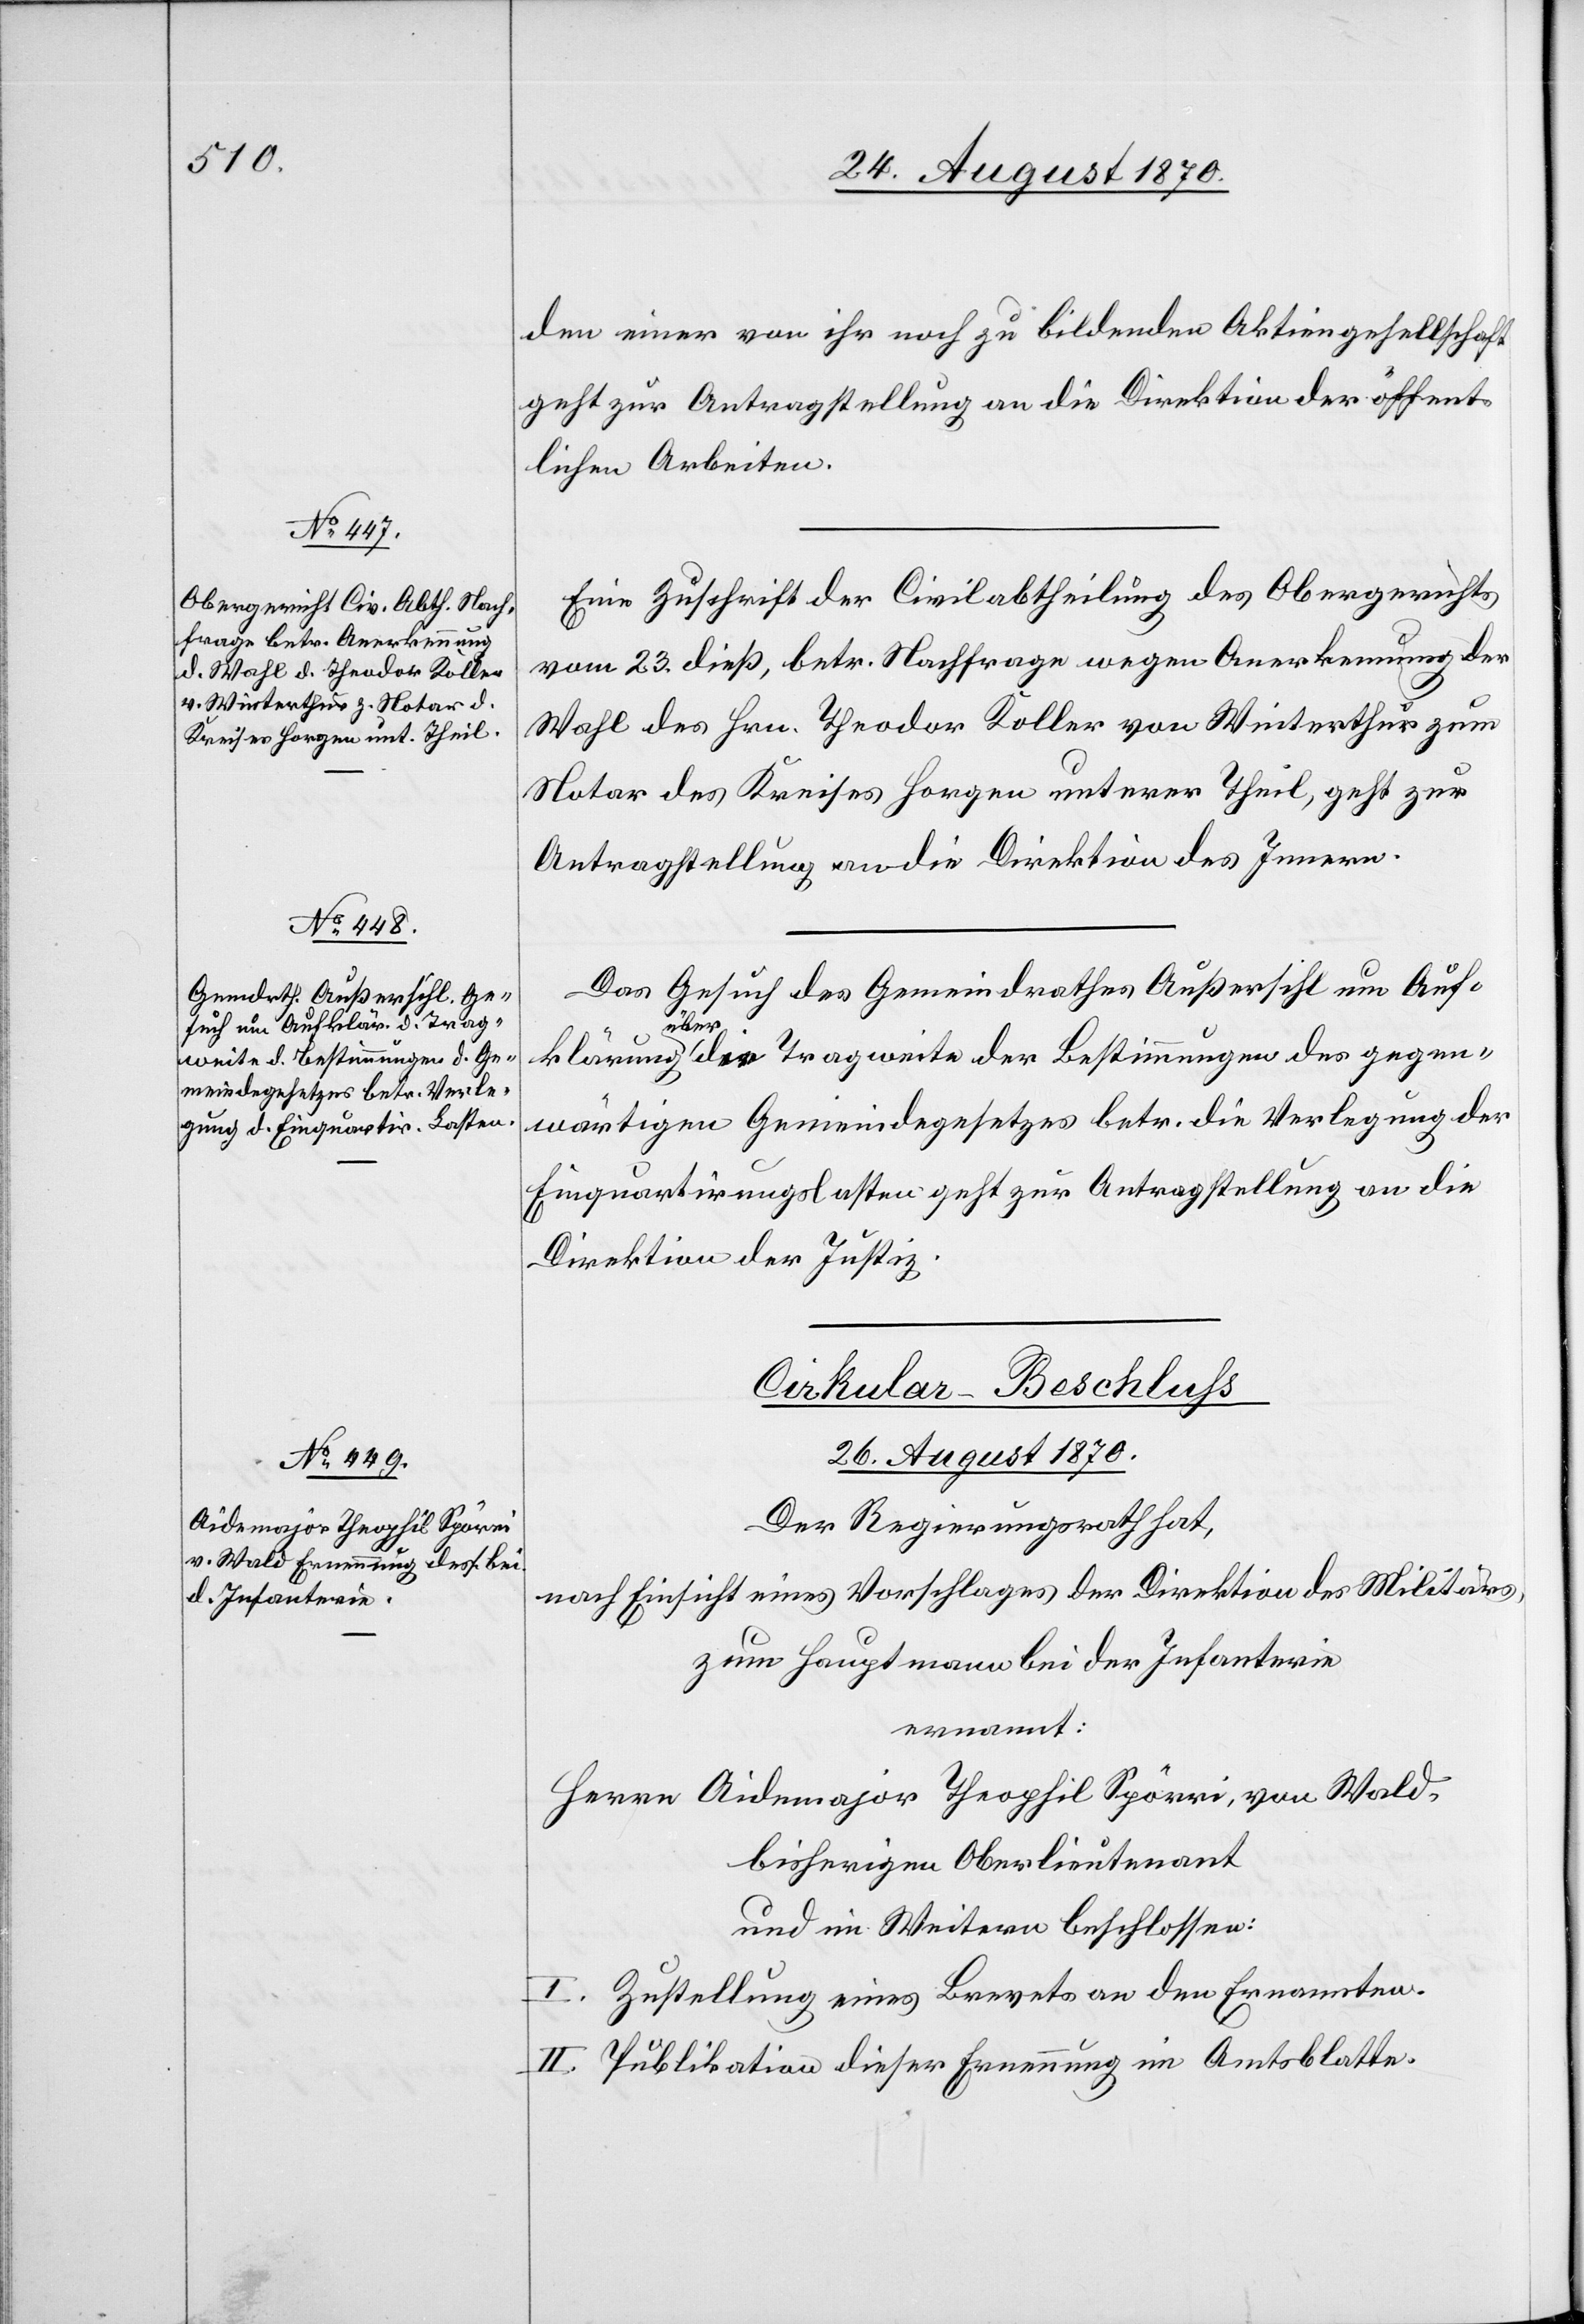
25. August 1870.]
den einer von ihr noch zu bildenden Aktiengesellschaft
geht zur Antragstellung an die Direktion der öffent¬
lichen Arbeiten.
Eine Zuschrift der Civilabtheilung des Obergerichtes
vom 23. dieß, betr. Nachfrage wegen Anerkennung der
Wahl des Hrn. Theodor Koller von Winterthur zum
Notar des Kreises Horgen unterer Theil, geht zur
Antragstellung an die Direktion des Innern.
Das Gesuch des Gemeindrathes Außersihl um Auf¬
klärung über die Tragweite der Bestimmungen des gegen¬
wärtigen Gemeindegesetzes betr. die Verlegung der
Einquartirungslasten geht zur Antragstellung an die
Direktion der Justiz.
Cirkular-Beschluss
26. August 1870.
Der Regierungsrath hat,
nach Einsicht eines Vorschlages der Direktion des Militärs,
zum Hauptmann bei der Infanterie
ernannt:
Herrn Aidemajor Theophil Spörri, von Wald,
bisherigen Oberlieutenant
und im Weitern beschlossen:
I. Zustellung eines Brevets an den Ernannten.
II. Publikation dieser Ernennung im Amtsblatte.